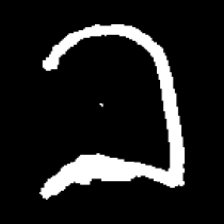
Pyu character \u2014 Myanmar letter: ခ (romanized: kha)